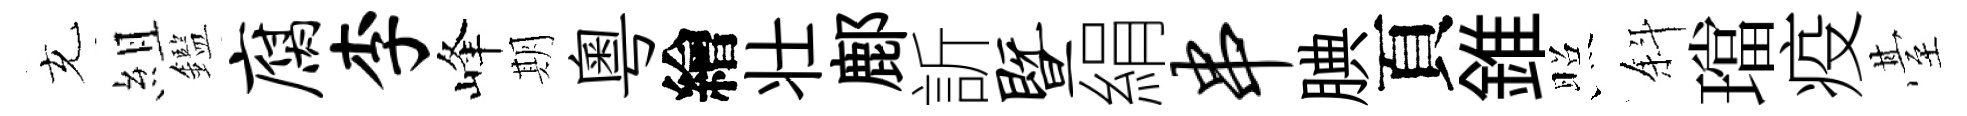
充組鑑腐李峰期粤繪壮鄜訢暨絹串腆頁錐照斜璫疫䑓